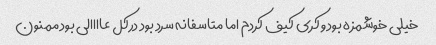
خیلی خوشمزه بود و کری کیف کردم اما متاسفانه سرد بود درکل عاااالی بود ممنون